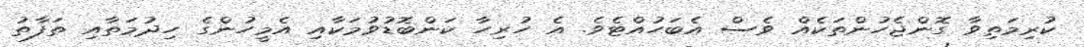
ކުރިމަތިވާ ގޮންޖެހުންތަކެއް ވެސް އެބަހުއްޓެވެ. އެ ހުރިހާ ކަންބޮޑުވުމަކާއި އެމީހުންގެ ހިދުމަތާއި ތަފާތު